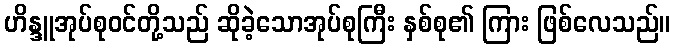
ဟိန္ဒူအုပ်စုဝင်တို့သည် ဆိုခဲ့သောအုပ်စုကြီး နှစ်စု၏ ကြား ဖြစ်လေသည်။